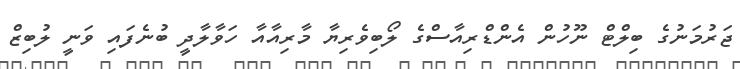
ޖަރުމަނުގެ ބިލްޓް ނޫހުން އެންޑްރިއާސްގެ ލޯބިވެރިޔާ މާރިއާއާ ހަވާލާދީ ބުނެފައި ވަނީ ލުބިޒް